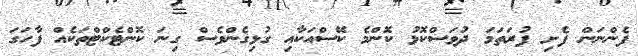
ފެންނަން ފެށި ފުރަތަމަ ދުވަސްކޮޅު ކޮންމެ ކޭސްއަކާއި ގުޅިގެންވެސް ގިނަ ކޮންޓެކްޓްތަކެއް ފާހަގަ